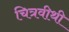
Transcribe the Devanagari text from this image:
चित्रवीथी